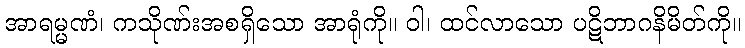
အာရမ္မဏံ၊ ကသိုဏ်းအစရှိသော အာရုံကို။ ဝါ၊ ထင်လာသော ပဋိဘာဂနိမိတ်ကို။